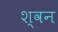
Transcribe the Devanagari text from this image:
श्वन